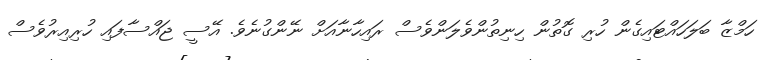
ހަމްޒާ ބަލަހައްޓައިގެން ހުރި ގޮތުން ހިނިތުންވެލަންވެސް ރައިހާނާއަށް ނޭންގުނެވެ. އޭސީ ޖައްސާފައި ހުރިއިރުވެސް